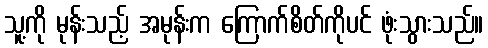
သူ့ကို မုန်းသည့် အမုန်းက ကြောက်စိတ်ကိုပင် ဖုံးသွားသည်။